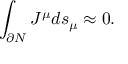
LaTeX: \int _ { \partial N } J ^ { \mu } d s _ { \mu } \approx 0 .